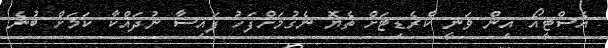
އެސްޓީއޯ އިން ވަނީ ކްރެޑިޓަށް ތެޔޮ ނެގުމަށްފަހު ފައިސާ ނުދައްކާ ކަމަށް ބުނެ